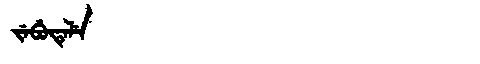
Manchu: ᠵᡝᠪᡠᡨᡝᠯᡝ
Romanization: JEBUTELE